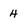
Character: 4